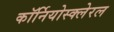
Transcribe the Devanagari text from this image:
कॉर्नियोस्क्लेरल